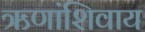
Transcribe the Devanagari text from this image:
ऋणांशिवाय